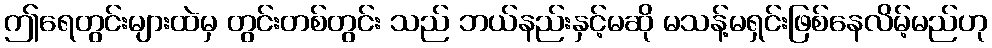
ဤရေတွင်းများထဲမှ တွင်းတစ်တွင်း သည် ဘယ်နည်းနှင့်မဆို မသန့်မရှင်းဖြစ်နေလိမ့်မည်ဟု